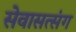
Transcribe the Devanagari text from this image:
सेवासत्संग